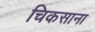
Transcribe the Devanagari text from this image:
चिकसाना